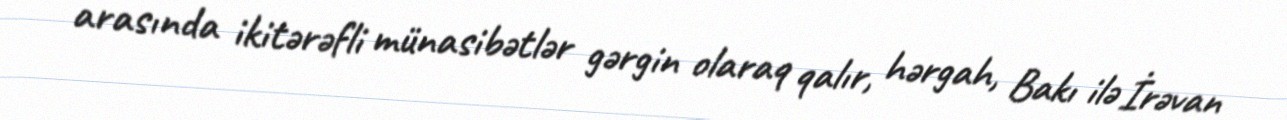
arasında ikitərəfli münasibətlər gərgin olaraq qalır, hərgah, Bakı ilə İrəvan